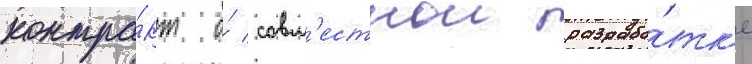
контра́кт о́ совм'естнои разрабо́тк'е